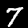
Digit: 7